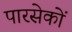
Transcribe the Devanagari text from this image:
पारसेकों